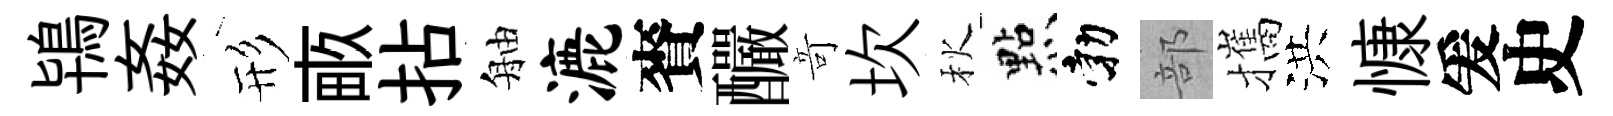
鴇姦形畞拈舳漉賚釅竒坎秋㸃勃部攜洪慷爰史